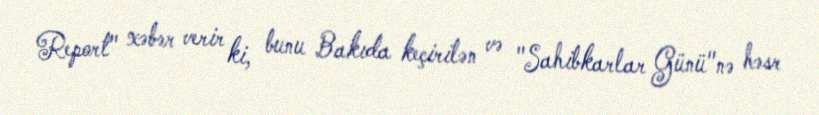
Report" xəbər verir ki, bunu Bakıda keçirilən və "Sahibkarlar Günü"nə həsr